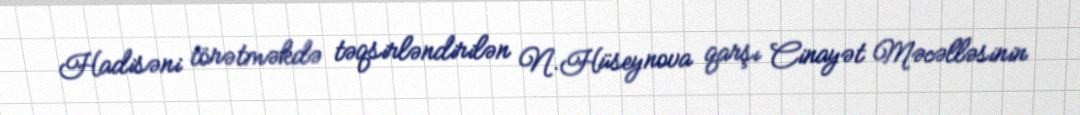
Hadisəni törətməkdə təqsirləndirilən N.Hüseynova qarşı Cinayət Məcəlləsinin